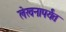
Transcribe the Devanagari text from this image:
लेखनापर्यंत